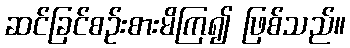
ဆင်ခြင်စဉ်းစားမိကြ၍ ဖြစ်သည်။